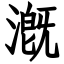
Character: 漑